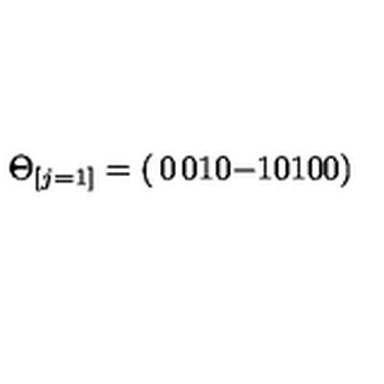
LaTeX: \Theta _ { [ j = 1 ] } = \left( \begin{matrix} { 0 } & { 0 } & { 1 } \\ { 0 } & { - 1 } & { 0 } \\ { 1 } & { 0 } & { 0 } \\ \end{matrix} \right)